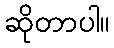
ဆိုတာပါ။